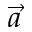
\vec { a }